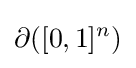
\partial ([0,1]^{n})